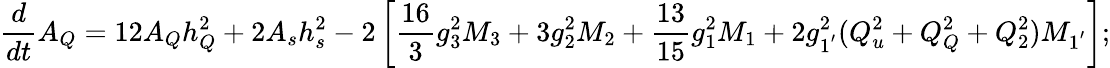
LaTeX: \frac{d}{dt}A_{Q}=12A_{Q}h_{Q}^{2}+2A_{s}h_{s}^{2}-2\left[\frac{16}{3}g_{3}^{2}M_{3}+3g_{2}^{2}M_{2}+\frac{13}{15}g_{1}^{2}M_{1}+2g_{1^{'}}^{2}(Q_{u}^{2}+Q_{Q}^{2}+Q_{2}^{2})M_{1^{'}}\right];